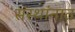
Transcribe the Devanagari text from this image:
संस्थांनात